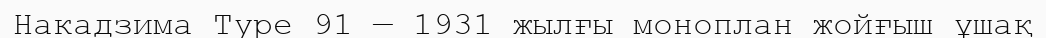
Накадзима Type 91 — 1931 жылғы моноплан жойғыш ұшақ